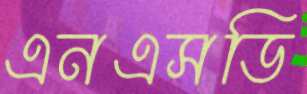
এনএসডি